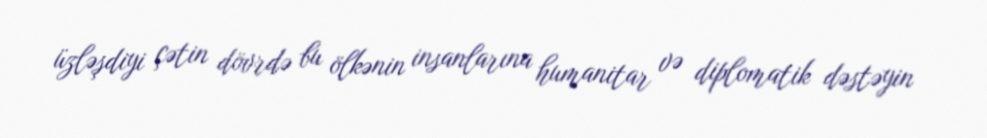
üzləşdiyi çətin dövrdə bu ölkənin insanlarına humanitar və diplomatik dəstəyin